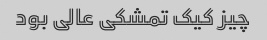
چیز کیک تمشکی عالی بود